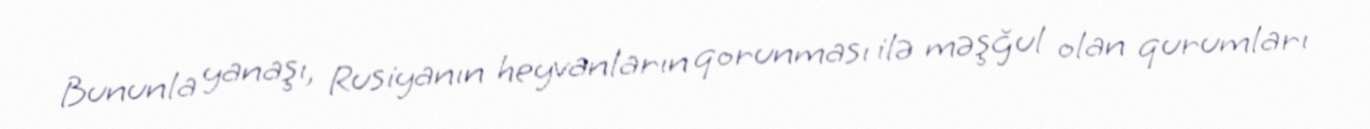
Bununla yanaşı, Rusiyanın heyvanların qorunması ilə məşğul olan qurumları